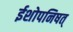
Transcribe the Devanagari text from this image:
ईशोपनिषत्